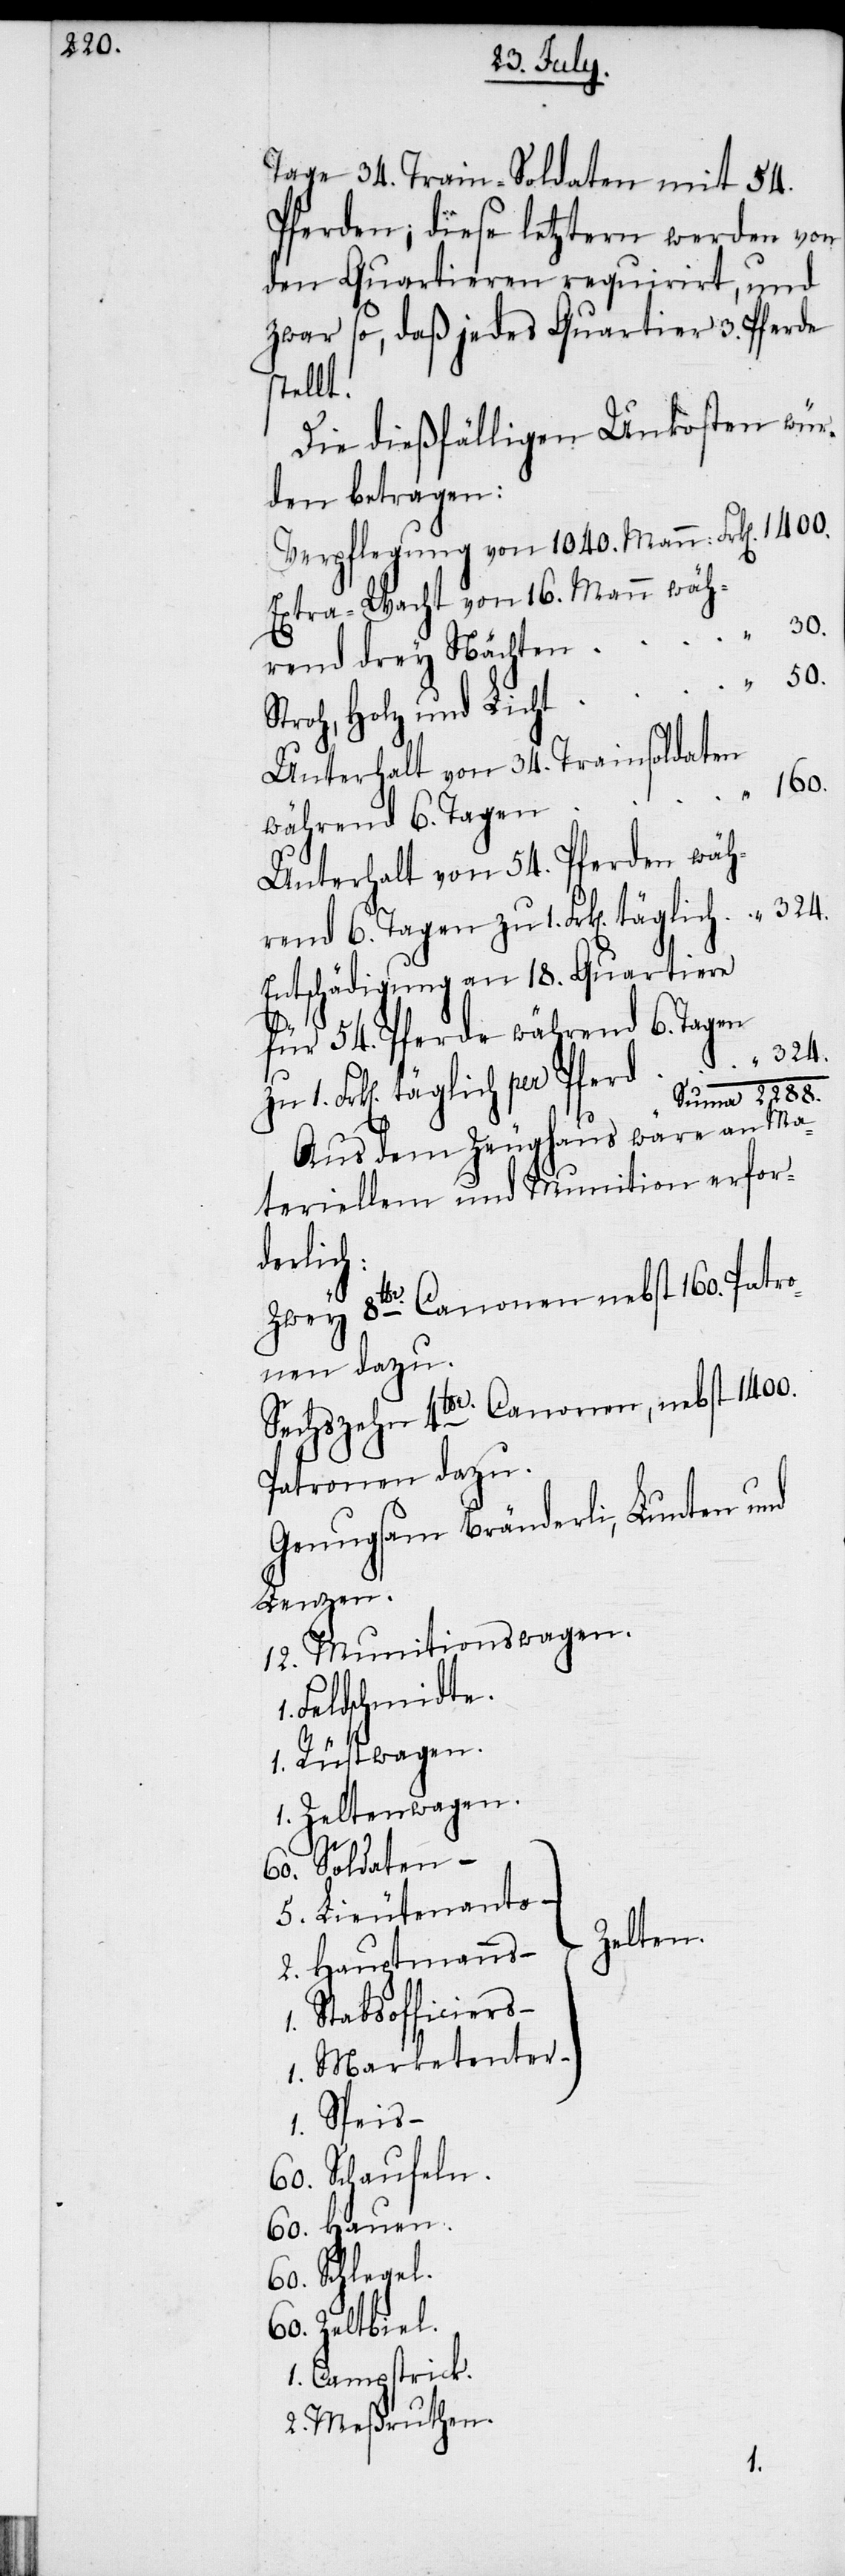
2288.

Tage 34. Train-Soldaten mit 54.
Pferden; diese letztern werden von
den Quartieren requirirt, und
zwar so, daß jedes Quartier 3. Pferde
stellt.
Die dießfälligen Unkosten wür¬
den betragen:
Verpflegung von 1040. Mann:
Extra-Wacht von 16. Mann wäh¬
50.
rend drey Nächten
Stroh, Holz und Licht
Unterhalt von 34. Trainsoldaten
160.
1.
hrend 6. Tagen
Unterhalt von 54. Pferden wä¬
Entschädigung an 18. Quartiere
für 54. Pferde während 6. Tagen
Aus dem Zeughaus wäre an Ma¬
teriellem und Munition erfor¬
derlich:
Zwey 8 lbr. Canonen nebst 160. Patro¬
nen dazu.
Sechszehn 4 lbr. Canonen, nebst 1400.
Patronen dazu.
Genugsam Bränderli, Lunten und
Lenzen.
12. Munitionswagen.
Feldschmidte.
1. Rüstwagen.
1. Zeltenwagen.
60. Soldate¬
5. Lieutenant¬
2. Hauptmann¬
1. Stabsofficier¬
1. Marketente¬
60. Schaufeln.
60. Hauen.
60. Schlegel.
60. Zeltbiel.
1. Campstrick.
2. Meßruthen.